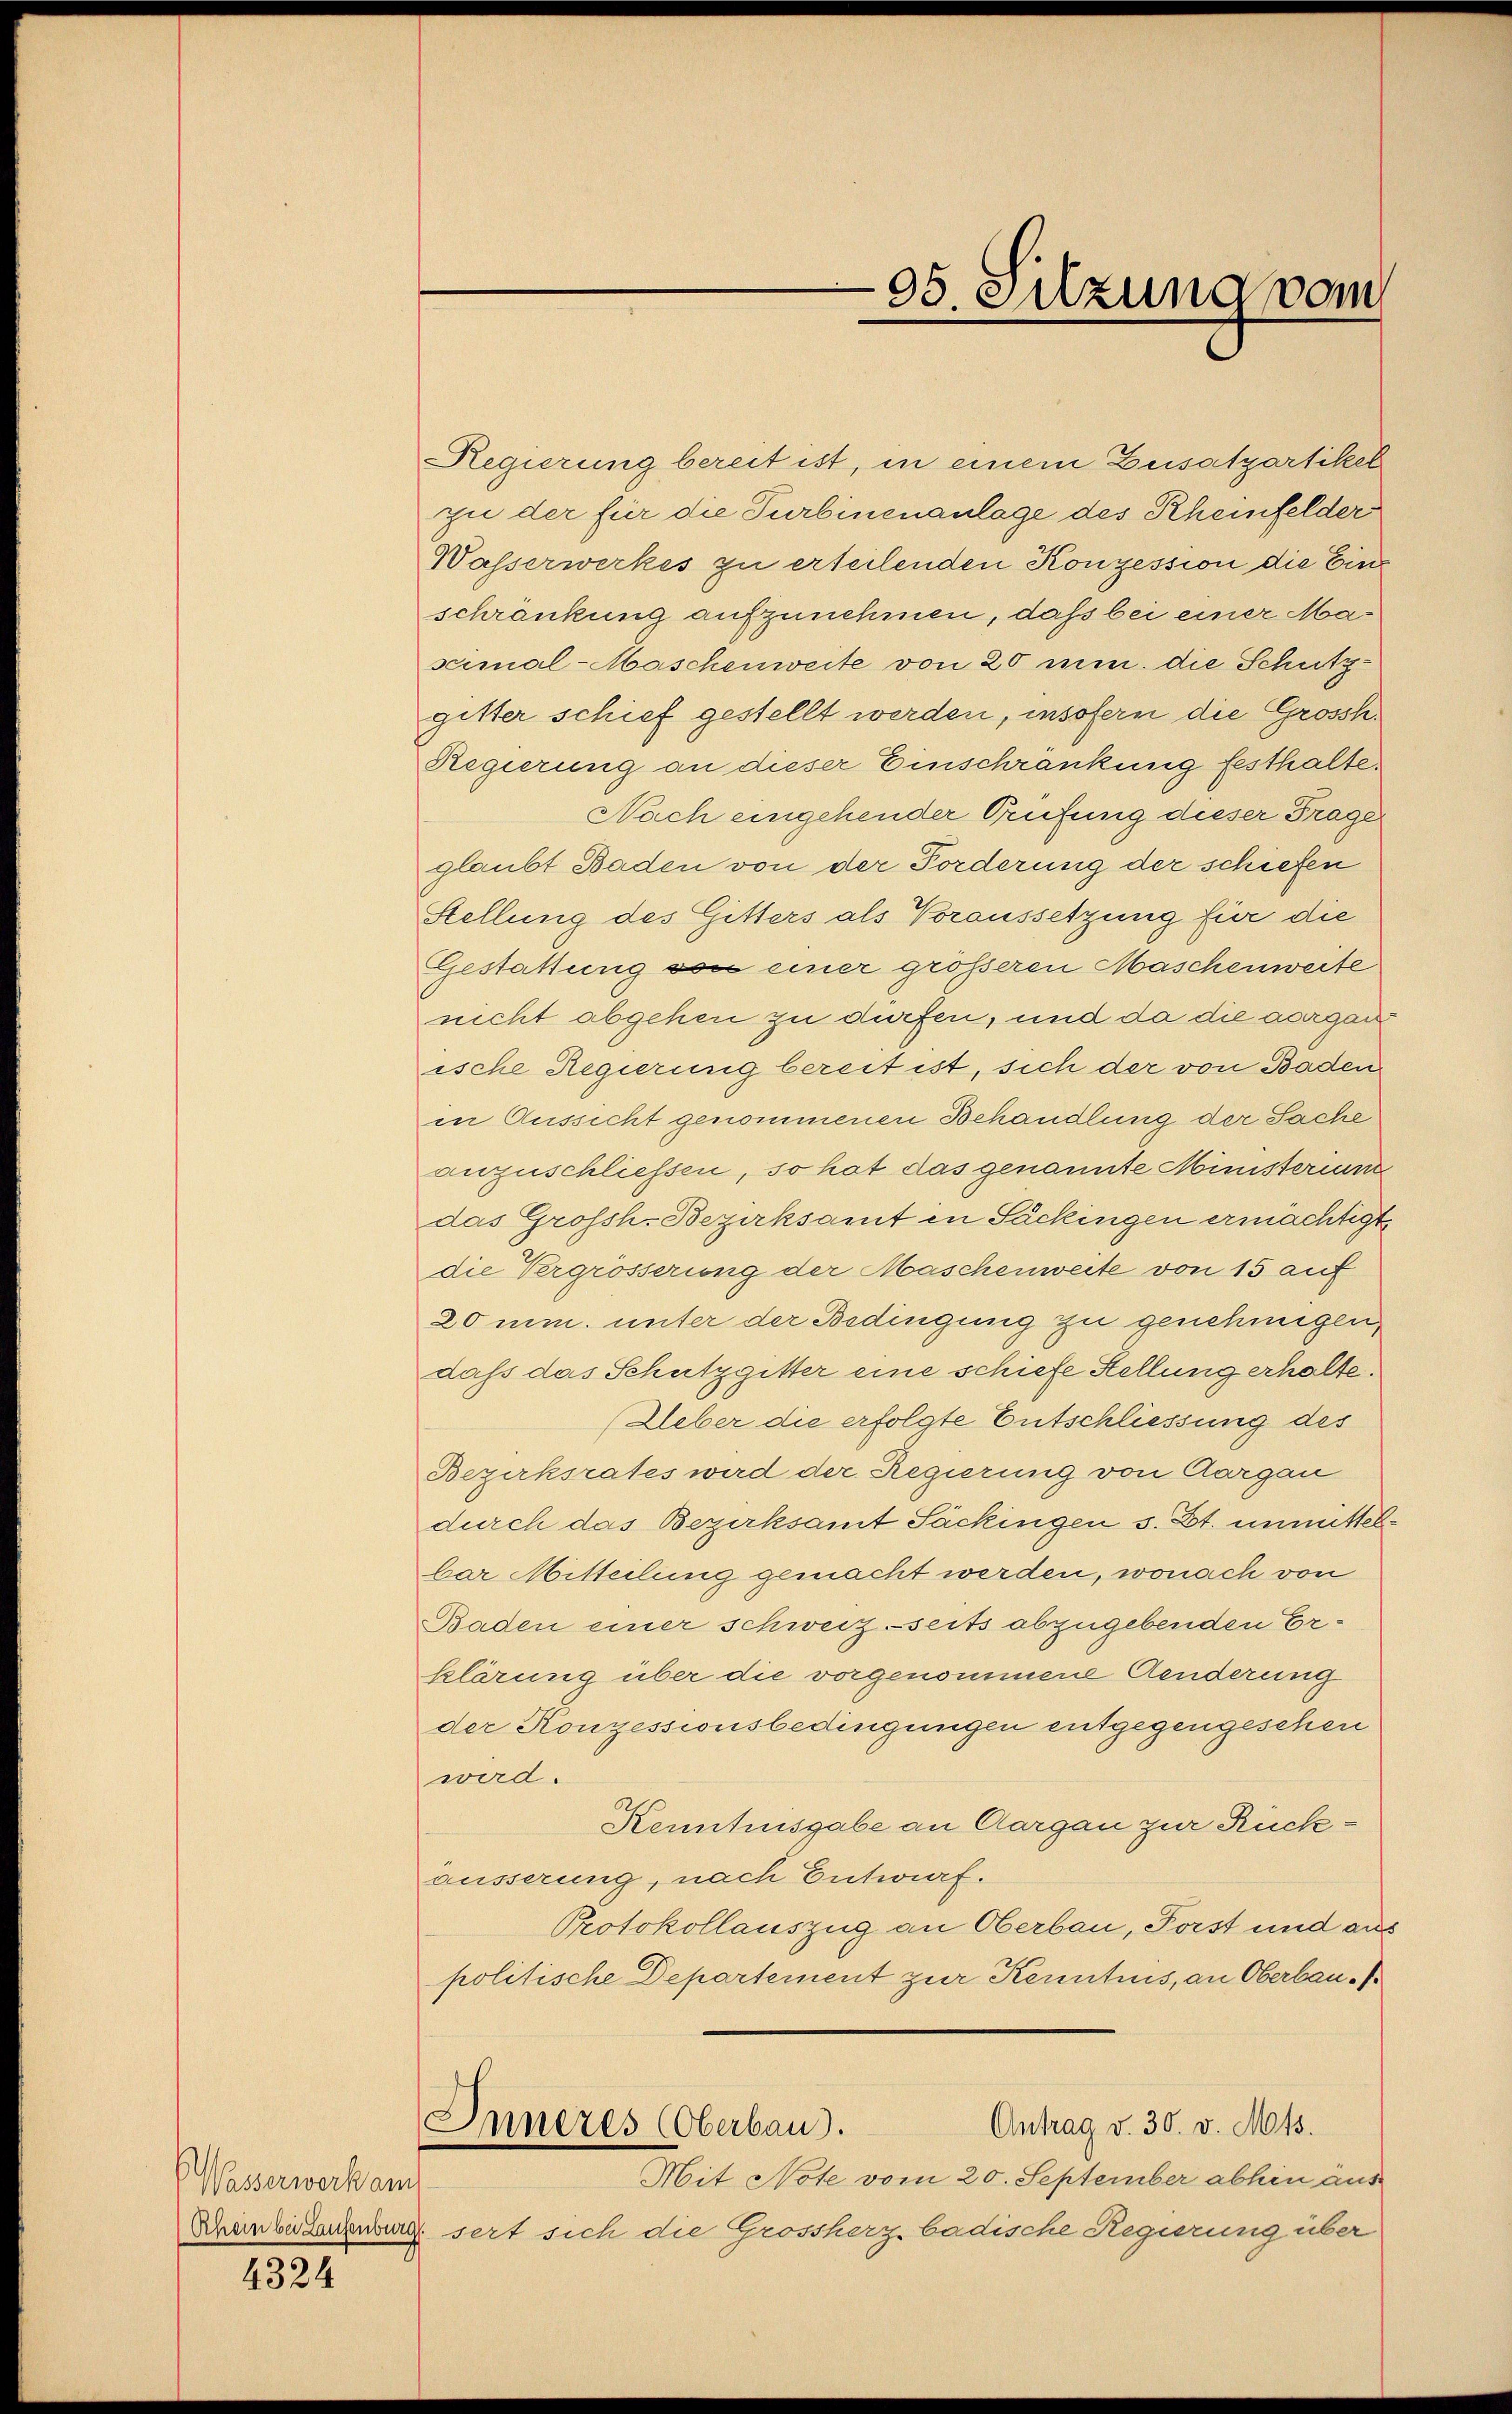
Wasserwerk am

4324

Regierung bereit ist, in einem Zusatzartikel
zue der für die Turbinenanlage des Rheinfelder
Wasserwerkes zu erteilenden Konzession die Eins
schränkung aufzunehmen, daß bei einer Mascimal-Maschenweite von 20 min. die Schutzgitter schief gestellt werden, insofern die Grossh.
Regierung an dieser Einschränkung festhalte.
Nach eingehender Prüfung dieser Frage
glaubt Baden von der Forderung der schiefen
Stellung des Gitters als Voraussetzung für die
Gestattung von einer größeren Maschenweite
nicht abgehen zu dürfen, und da die aargau
ische Regierung bereit ist, sich der von Baden
in Aussicht genommenen Behandlung der Sache
anzuschliessen, so hat das genannte Ministerium
das Grossh. Bezirksamt in Sackingen ermächtigt,
die Vergrösserung der Maschenweite von 15 auf
20 mm. unter der Bedingung zu genehmigen,
dass das Schutzgitter eine schiefe Stellung erhalte.
(Lieber die erfolgte Entschliessung des
Bezirksrates wird der Regierung von Aargau
durch das Bezirksamt Sackingen s. Zt. unmittelbar Mitteilung gemacht werden, wonach von
Baden einer schweiz seits abzugebenden Erklärung über die vorgenommene Aenderung
der Konzessionsbedingungen entgegengesehen
wird.
Kenntnisgabe an Aargau zur Rückäusserung, nach Entwurf.
Protokollauszug an Oberbau, Forst und auf
politische Departement zur Kenntnis, an Oberbau¬
Antrag v. 30. v. Mts.
Inneres (Oberbaus.
Mit Note vom 20. September abhin aus
Schenbezeugenburg seit sich die Grossherz badische Regirung über

e
95. Sitzung vom